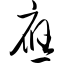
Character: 应